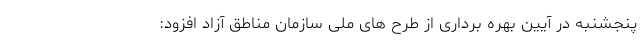
پنجشنبه در آیین بهره برداری از طرح های ملی سازمان مناطق آزاد افزود: